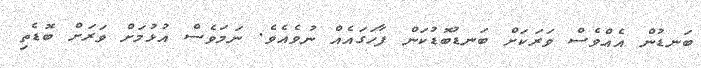
ބަނޑުން އެއްވެސް ވަރަކަށް ބަނޑުބޮޑުކަން ފާހަގައެއް ނުވެއެވެ. ނަމަވެސް އުޅުމަށް ވަރަށް ބޮޑެތި